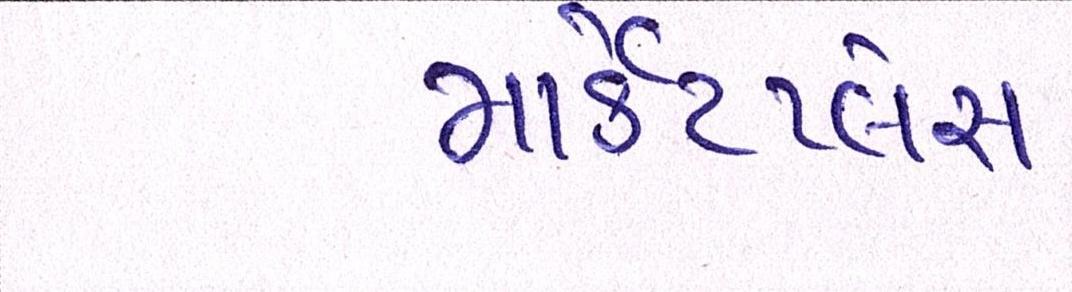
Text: માર્કેટપ્લેસ